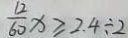
\frac { 1 2 } { 6 0 } x \geq 2 . 4 \div 2